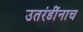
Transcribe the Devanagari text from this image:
उतरंडींनाच